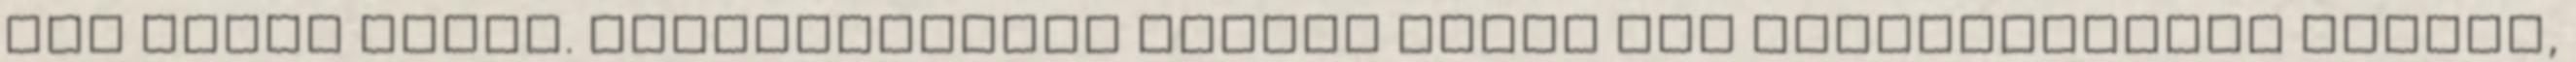
női dolog miatt. Természetesen közben ugyan úgy beszélgettünk tovább,